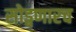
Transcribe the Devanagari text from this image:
सोड्वणारच